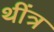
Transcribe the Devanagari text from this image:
थींत्र